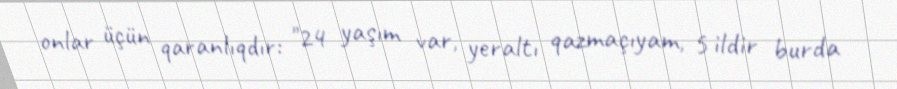
onlar üçün qaranlıqdır: "24 yaşım var, yeraltı qazmaçıyam, 5 ildir burda